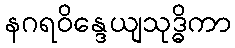
နဂရဝိန္ဒေယျသုဒ္ဓိကာ